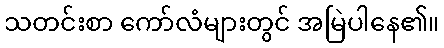
သတင်းစာ ကော်လံများတွင် အမြဲပါနေ၏။